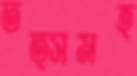
তত্সমহ